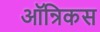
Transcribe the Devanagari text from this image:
ऑन्रिकस